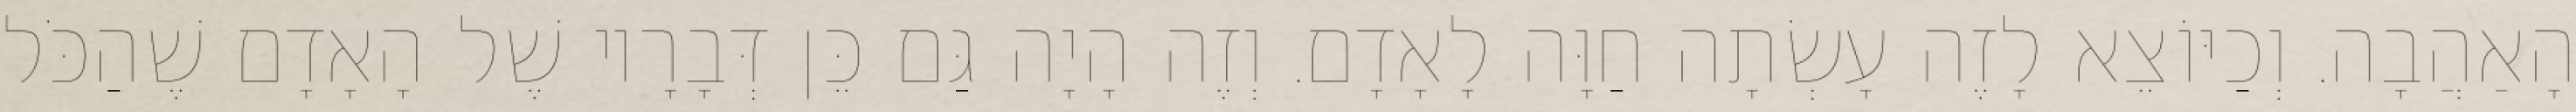
הָאַהֲבָה. וְכַיּוֹצֵא לָזֶה עָשְׂתָה חַוָּה לָאָדָם. וְזֶה הָיָה גַּם כֵּן דְּבָרָיו שֶׁל הָאָדָם שֶׁהַכֹּל